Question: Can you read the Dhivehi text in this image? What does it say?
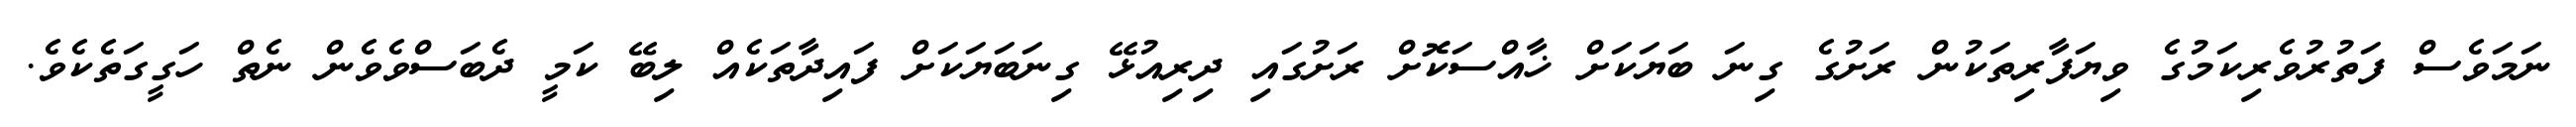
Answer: ނަމަވެސް ފަތުރުވެރިކަމުގެ ވިޔަފާރިތަކުން ރަށުގެ ގިނަ ބަޔަކަށް ޚާއްސަކޮށް ރަށުގައި ދިރިއުޅޭ ގިނަބަޔަކަށް ފައިދާތަކެއް ލިބޭ ކަމީ ދެބަސްވެވެން ނެތް ހަގީގަތެކެވެ.